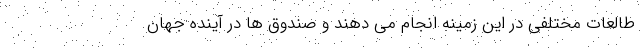
طالعات مختلفی در این زمینه انجام می دهند و صندوق ها در آینده جهان